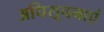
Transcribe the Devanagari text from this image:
अधिसूचनाएं